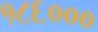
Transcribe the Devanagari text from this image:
१८६०००